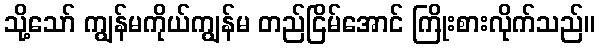
သို့သော် ကျွန်မကိုယ်ကျွန်မ တည်ငြိမ်အောင် ကြိုးစားလိုက်သည်။